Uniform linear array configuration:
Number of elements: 16
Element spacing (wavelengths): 0.25
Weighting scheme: binomial
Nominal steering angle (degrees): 60
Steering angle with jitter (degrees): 59.472
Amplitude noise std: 0.05
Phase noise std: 0.05

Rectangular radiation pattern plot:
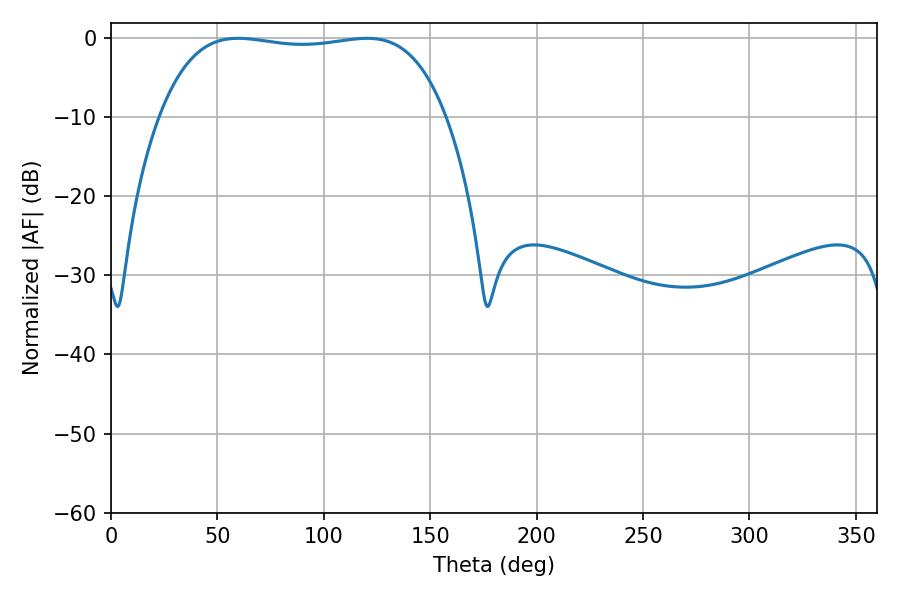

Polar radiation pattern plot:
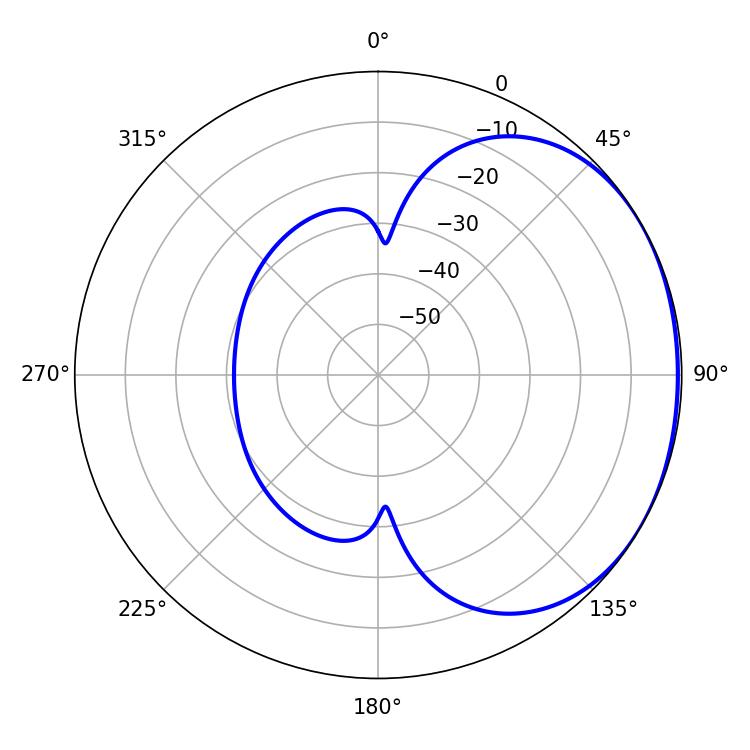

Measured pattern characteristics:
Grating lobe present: FALSE
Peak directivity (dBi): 1.253
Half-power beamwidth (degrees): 106.92
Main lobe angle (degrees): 59.58